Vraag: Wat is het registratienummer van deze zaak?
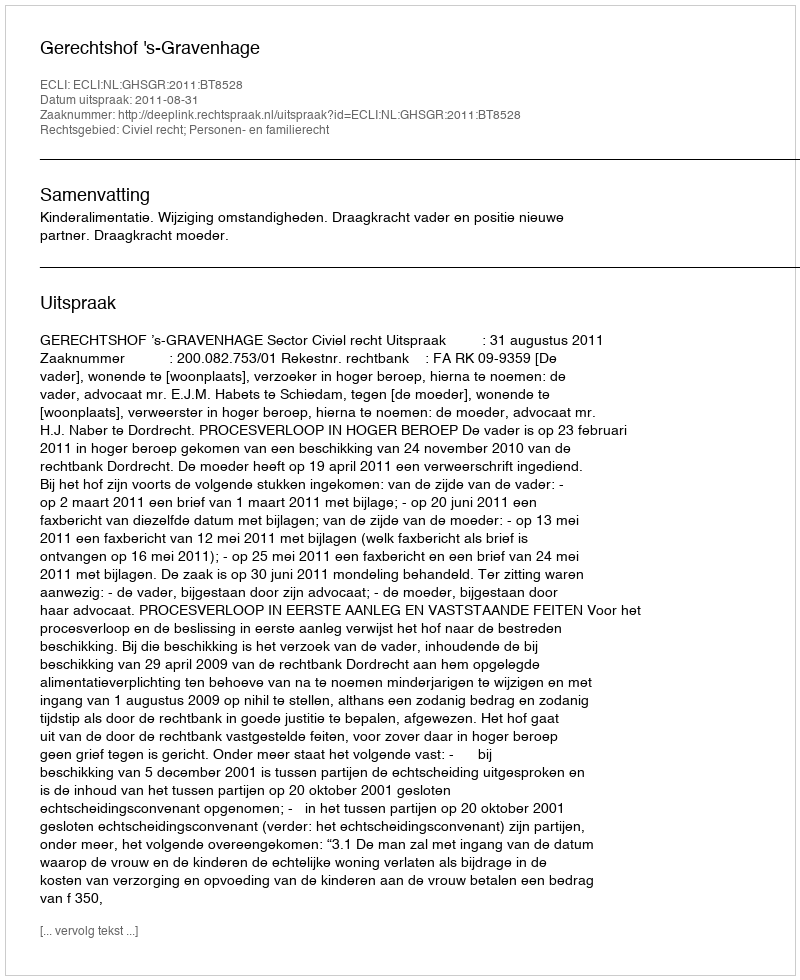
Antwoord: http://deeplink.rechtspraak.nl/uitspraak?id=ECLI:NL:GHSGR:2011:BT8528